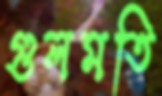
গুলমতি